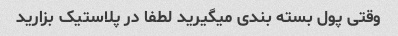
وقتی پول بسته بندی میگیرید لطفا در پلاستیک بزارید